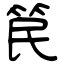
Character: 笢